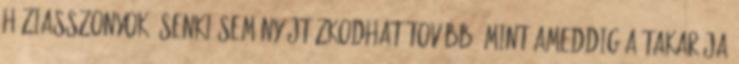
háziasszonyok, senki sem nyújtózkodhat tovább, mint ameddig a takarója